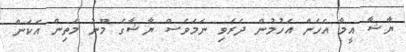
ޔާޝާ އީމާ އެހެން އެހުމުން ދެރަވި ނަމަވެސް ޔާޝާގެ މޫނު މަތިން އެކަން